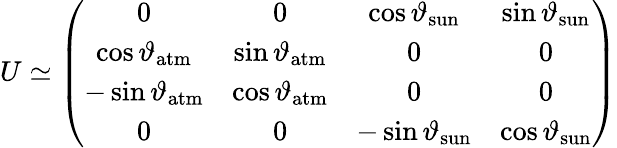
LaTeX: U\simeq\left(\begin{array}{cccc}{{0}}&{{0}}&{{\cos\vartheta_{\mathrm{sun}}}}&{{\sin\vartheta_{\mathrm{sun}}}}\\ {{\cos\vartheta_{\mathrm{atm}}}}&{{\sin\vartheta_{\mathrm{atm}}}}&{{0}}&{{0}}\\ {{-\sin\vartheta_{\mathrm{atm}}}}&{{\cos\vartheta_{\mathrm{atm}}}}&{{0}}&{{0}}\\ {{0}}&{{0}}&{{-\sin\vartheta_{\mathrm{sun}}}}&{{\cos\vartheta_{\mathrm{sun}}}}\end{array}\right)